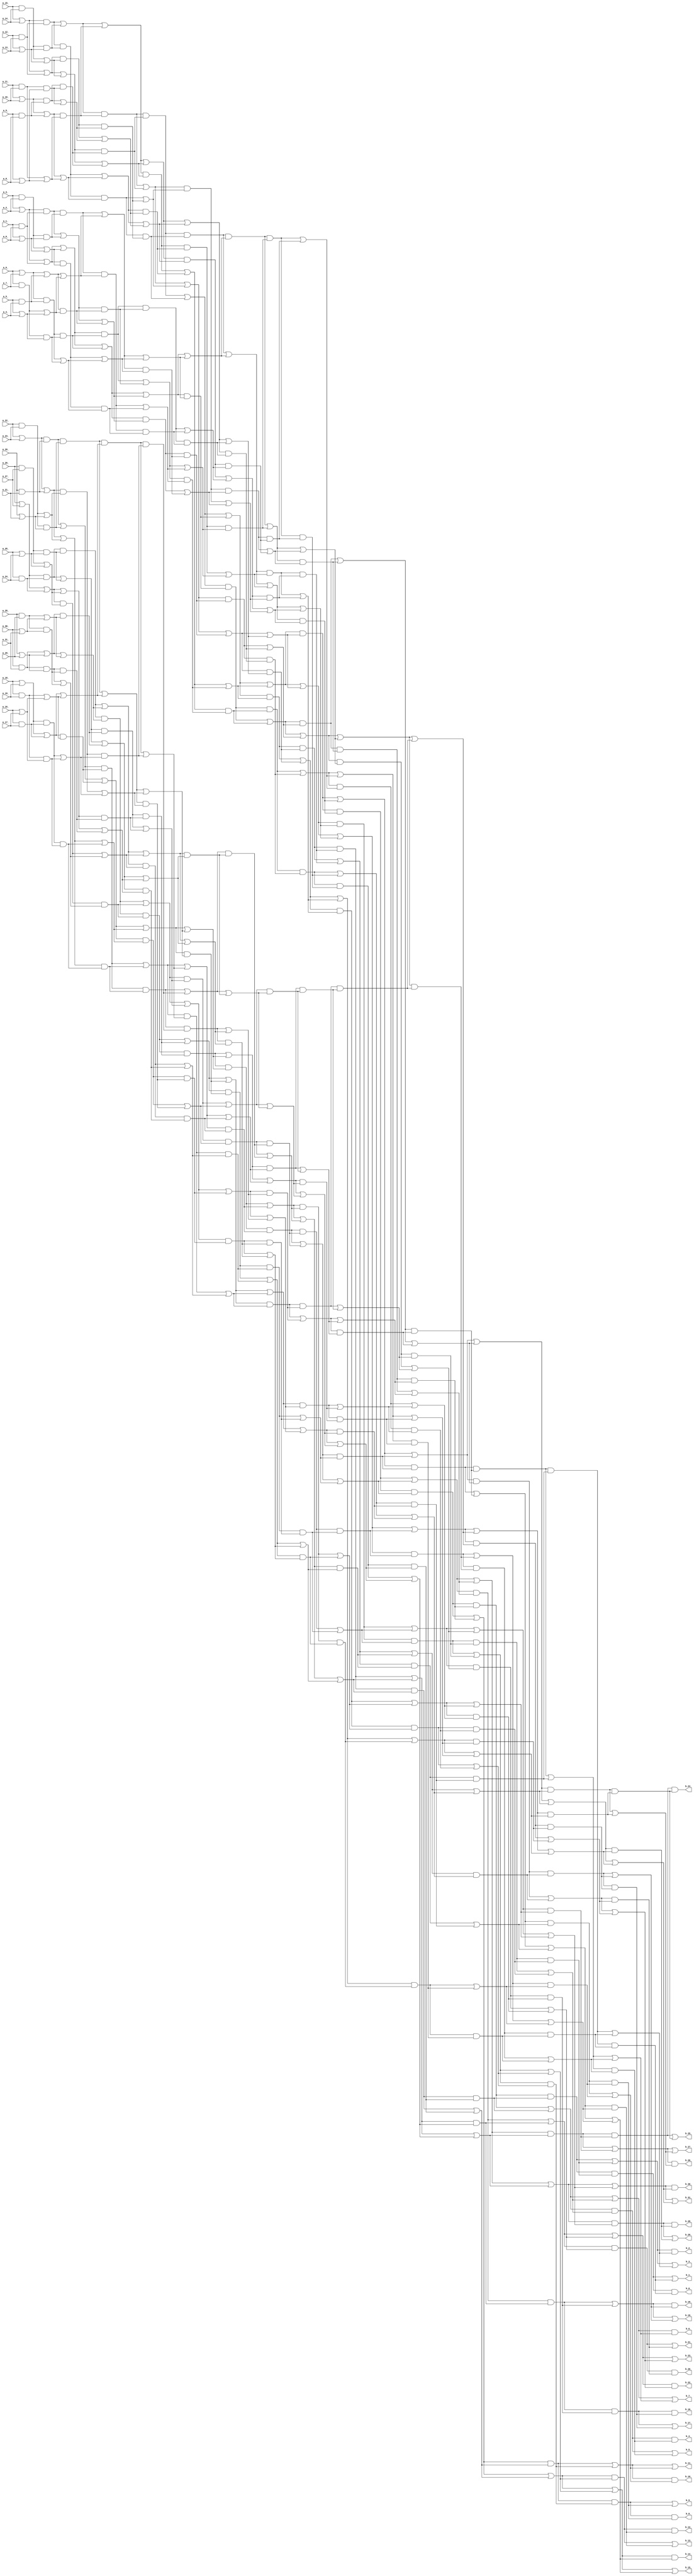
module sorter_32 ( a_11_ , a_18_ , a_15_ , a_3_ , a_9_ , a_6_ , a_28_ , a_7_ , a_25_ , a_29_ , a_22_ , a_26_ , a_1_ , a_8_ , a_16_ , a_10_ , a_30_ , a_12_ , a_24_ , a_5_ , a_0_ , a_17_ , a_4_ , a_14_ , a_20_ , a_27_ , a_23_ , a_13_ , a_31_ , a_2_ , a_19_ , a_21_ , b_9_ , b_1_ , b_17_ , b_11_ , b_31_ , b_26_ , b_29_ , b_24_ , b_23_ , b_8_ , b_4_ , b_25_ , b_7_ , b_5_ , b_18_ , b_12_ , b_16_ , b_22_ , b_14_ , b_20_ , b_15_ , b_3_ , b_30_ , b_27_ , b_21_ , b_19_ , b_13_ , b_6_ , b_0_ , b_10_ , b_28_ , b_2_ );
  input a_11_ , a_18_ , a_15_ , a_3_ , a_9_ , a_6_ , a_28_ , a_7_ , a_25_ , a_29_ , a_22_ , a_26_ , a_1_ , a_8_ , a_16_ , a_10_ , a_30_ , a_12_ , a_24_ , a_5_ , a_0_ , a_17_ , a_4_ , a_14_ , a_20_ , a_27_ , a_23_ , a_13_ , a_31_ , a_2_ , a_19_ , a_21_ ;
  output b_9_ , b_1_ , b_17_ , b_11_ , b_31_ , b_26_ , b_29_ , b_24_ , b_23_ , b_8_ , b_4_ , b_25_ , b_7_ , b_5_ , b_18_ , b_12_ , b_16_ , b_22_ , b_14_ , b_20_ , b_15_ , b_3_ , b_30_ , b_27_ , b_21_ , b_19_ , b_13_ , b_6_ , b_0_ , b_10_ , b_28_ , b_2_ ;
  wire n33 , n34 , n35 , n36 , n37 , n38 , n39 , n40 , n41 , n42 , n43 , n44 , n45 , n46 , n47 , n48 , n49 , n50 , n51 , n52 , n53 , n54 , n55 , n56 , n57 , n58 , n59 , n60 , n61 , n62 , n63 , n64 , n65 , n66 , n67 , n68 , n69 , n70 , n71 , n72 , n73 , n74 , n75 , n76 , n77 , n78 , n79 , n80 , n81 , n82 , n83 , n84 , n85 , n86 , n87 , n88 , n89 , n90 , n91 , n92 , n93 , n94 , n95 , n96 , n97 , n98 , n99 , n100 , n101 , n102 , n103 , n104 , n105 , n106 , n107 , n108 , n109 , n110 , n111 , n112 , n113 , n114 , n115 , n116 , n117 , n118 , n119 , n120 , n121 , n122 , n123 , n124 , n125 , n126 , n127 , n128 , n129 , n130 , n131 , n132 , n133 , n134 , n135 , n136 , n137 , n138 , n139 , n140 , n141 , n142 , n143 , n144 , n145 , n146 , n147 , n148 , n149 , n150 , n151 , n152 , n153 , n154 , n155 , n156 , n157 , n158 , n159 , n160 , n161 , n162 , n163 , n164 , n165 , n166 , n167 , n168 , n169 , n170 , n171 , n172 , n173 , n174 , n175 , n176 , n177 , n178 , n179 , n180 , n181 , n182 , n183 , n184 , n185 , n186 , n187 , n188 , n189 , n190 , n191 , n192 , n193 , n194 , n195 , n196 , n197 , n198 , n199 , n200 , n201 , n202 , n203 , n204 , n205 , n206 , n207 , n208 , n209 , n210 , n211 , n212 , n213 , n214 , n215 , n216 , n217 , n218 , n219 , n220 , n221 , n222 , n223 , n224 , n225 , n226 , n227 , n228 , n229 , n230 , n231 , n232 , n233 , n234 , n235 , n236 , n237 , n238 , n239 , n240 , n241 , n242 , n243 , n244 , n245 , n246 , n247 , n248 , n249 , n250 , n251 , n252 , n253 , n254 , n255 , n256 , n257 , n258 , n259 , n260 , n261 , n262 , n263 , n264 , n265 , n266 , n267 , n268 , n269 , n270 , n271 , n272 , n273 , n274 , n275 , n276 , n277 , n278 , n279 , n280 , n281 , n282 , n283 , n284 , n285 , n286 , n287 , n288 , n289 , n290 , n291 , n292 , n293 , n294 , n295 , n296 , n297 , n298 , n299 , n300 , n301 , n302 , n303 , n304 , n305 , n306 , n307 , n308 , n309 , n310 , n311 , n312 , n313 , n314 , n315 , n316 , n317 , n318 , n319 , n320 , n321 , n322 , n323 , n324 , n325 , n326 , n327 , n328 , n329 , n330 , n331 , n332 , n333 , n334 , n335 , n336 , n337 , n338 , n339 , n340 , n341 , n342 , n343 , n344 , n345 , n346 , n347 , n348 , n349 , n350 , n351 , n352 , n353 , n354 , n355 , n356 , n357 , n358 , n359 , n360 , n361 , n362 , n363 , n364 , n365 , n366 , n367 , n368 , n369 , n370 , n371 , n372 , n373 , n374 , n375 , n376 , n377 , n378 , n379 , n380 , n381 , n382 , n383 , n384 , n385 , n386 , n387 , n388 , n389 , n390 , n391 , n392 , n393 , n394 , n395 , n396 , n397 , n398 , n399 , n400 , n401 , n402 , n403 , n404 , n405 , n406 , n407 , n408 , n409 , n410 , n411 , n412 , n413 , n414 , n415 , n416 , n417 , n418 , n419 , n420 , n421 , n422 , n423 , n424 , n425 , n426 , n427 , n428 , n429 , n430 , n431 , n432 , n433 , n434 , n435 , n436 , n437 , n438 , n439 , n440 , n441 , n442 , n443 , n444 , n445 , n446 , n447 , n448 , n449 , n450 , n451 , n452 , n453 , n454 , n455 , n456 , n457 , n458 , n459 , n460 , n461 , n462 , n463 , n464 , n465 , n466 , n467 , n468 , n469 , n470 , n471 , n472 , n473 , n474 , n475 , n476 , n477 , n478 , n479 , n480 , n481 , n482 , n483 , n484 , n485 , n486 , n487 , n488 , n489 , n490 , n491 , n492 , n493 , n494 , n495 , n496 , n497 , n498 , n499 , n500 , n501 , n502 , n503 , n504 , n505 , n506 , n507 , n508 , n509 , n510 , n511 , n512 ;
  assign n33 = a_15_ | a_14_ ;
  assign n34 = a_12_ & a_13_ ;
  assign n35 = n33 & n34 ;
  assign n36 = a_15_ & a_14_ ;
  assign n37 = a_12_ | a_13_ ;
  assign n38 = n36 & n37 ;
  assign n39 = n35 | n38 ;
  assign n40 = a_11_ | a_10_ ;
  assign n41 = a_9_ & a_8_ ;
  assign n42 = n40 | n41 ;
  assign n43 = a_11_ & a_10_ ;
  assign n44 = a_9_ | a_8_ ;
  assign n45 = n43 | n44 ;
  assign n46 = n42 & n45 ;
  assign n47 = n39 & n46 ;
  assign n48 = n33 | n34 ;
  assign n49 = n36 | n37 ;
  assign n50 = n48 | n49 ;
  assign n51 = n40 & n41 ;
  assign n52 = n43 & n44 ;
  assign n53 = n51 & n52 ;
  assign n54 = n50 & n53 ;
  assign n55 = n47 & n54 ;
  assign n56 = n35 & n38 ;
  assign n57 = n42 | n45 ;
  assign n58 = n56 & n57 ;
  assign n59 = n48 & n49 ;
  assign n60 = n51 | n52 ;
  assign n61 = n59 & n60 ;
  assign n62 = n58 & n61 ;
  assign n63 = n55 | n62 ;
  assign n64 = a_3_ | a_2_ ;
  assign n65 = a_1_ & a_0_ ;
  assign n66 = n64 | n65 ;
  assign n67 = a_3_ & a_2_ ;
  assign n68 = a_1_ | a_0_ ;
  assign n69 = n67 | n68 ;
  assign n70 = n66 | n69 ;
  assign n71 = a_6_ | a_7_ ;
  assign n72 = a_5_ & a_4_ ;
  assign n73 = n71 & n72 ;
  assign n74 = a_6_ & a_7_ ;
  assign n75 = a_5_ | a_4_ ;
  assign n76 = n74 & n75 ;
  assign n77 = n73 & n76 ;
  assign n78 = n70 | n77 ;
  assign n79 = n64 & n65 ;
  assign n80 = n67 & n68 ;
  assign n81 = n79 | n80 ;
  assign n82 = n71 | n72 ;
  assign n83 = n74 | n75 ;
  assign n84 = n82 & n83 ;
  assign n85 = n81 | n84 ;
  assign n86 = n78 | n85 ;
  assign n87 = n79 & n80 ;
  assign n88 = n82 | n83 ;
  assign n89 = n87 | n88 ;
  assign n90 = n66 & n69 ;
  assign n91 = n73 | n76 ;
  assign n92 = n90 | n91 ;
  assign n93 = n89 | n92 ;
  assign n94 = n86 & n93 ;
  assign n95 = n63 | n94 ;
  assign n96 = n39 | n46 ;
  assign n97 = n50 | n53 ;
  assign n98 = n96 & n97 ;
  assign n99 = n56 | n57 ;
  assign n100 = n59 | n60 ;
  assign n101 = n99 & n100 ;
  assign n102 = n98 | n101 ;
  assign n103 = n70 & n77 ;
  assign n104 = n81 & n84 ;
  assign n105 = n103 | n104 ;
  assign n106 = n87 & n88 ;
  assign n107 = n90 & n91 ;
  assign n108 = n106 | n107 ;
  assign n109 = n105 & n108 ;
  assign n110 = n102 | n109 ;
  assign n111 = n95 | n110 ;
  assign n112 = n47 | n54 ;
  assign n113 = n58 | n61 ;
  assign n114 = n112 | n113 ;
  assign n115 = n78 & n85 ;
  assign n116 = n89 & n92 ;
  assign n117 = n115 & n116 ;
  assign n118 = n114 | n117 ;
  assign n119 = n96 | n97 ;
  assign n120 = n99 | n100 ;
  assign n121 = n119 | n120 ;
  assign n122 = n103 & n104 ;
  assign n123 = n106 & n107 ;
  assign n124 = n122 & n123 ;
  assign n125 = n121 | n124 ;
  assign n126 = n118 | n125 ;
  assign n127 = n111 & n126 ;
  assign n128 = n55 & n62 ;
  assign n129 = n86 | n93 ;
  assign n130 = n128 | n129 ;
  assign n131 = n98 & n101 ;
  assign n132 = n105 | n108 ;
  assign n133 = n131 | n132 ;
  assign n134 = n130 | n133 ;
  assign n135 = n119 & n120 ;
  assign n136 = n122 | n123 ;
  assign n137 = n135 | n136 ;
  assign n138 = n112 & n113 ;
  assign n139 = n115 | n116 ;
  assign n140 = n138 | n139 ;
  assign n141 = n137 | n140 ;
  assign n142 = n134 & n141 ;
  assign n143 = n127 & n142 ;
  assign n144 = a_26_ | a_27_ ;
  assign n145 = a_25_ & a_24_ ;
  assign n146 = n144 & n145 ;
  assign n147 = a_26_ & a_27_ ;
  assign n148 = a_25_ | a_24_ ;
  assign n149 = n147 & n148 ;
  assign n150 = n146 & n149 ;
  assign n151 = a_30_ & a_31_ ;
  assign n152 = a_28_ | a_29_ ;
  assign n153 = n151 | n152 ;
  assign n154 = a_28_ & a_29_ ;
  assign n155 = a_30_ | a_31_ ;
  assign n156 = n154 | n155 ;
  assign n157 = n153 | n156 ;
  assign n158 = n150 & n157 ;
  assign n159 = n144 | n145 ;
  assign n160 = n147 | n148 ;
  assign n161 = n159 & n160 ;
  assign n162 = n151 & n152 ;
  assign n163 = n154 & n155 ;
  assign n164 = n162 | n163 ;
  assign n165 = n161 & n164 ;
  assign n166 = n158 & n165 ;
  assign n167 = n146 | n149 ;
  assign n168 = n153 & n156 ;
  assign n169 = n167 & n168 ;
  assign n170 = n159 | n160 ;
  assign n171 = n162 & n163 ;
  assign n172 = n170 & n171 ;
  assign n173 = n169 & n172 ;
  assign n174 = n166 & n173 ;
  assign n175 = a_22_ | a_23_ ;
  assign n176 = a_20_ & a_21_ ;
  assign n177 = n175 & n176 ;
  assign n178 = a_22_ & a_23_ ;
  assign n179 = a_20_ | a_21_ ;
  assign n180 = n178 & n179 ;
  assign n181 = n177 | n180 ;
  assign n182 = a_18_ | a_19_ ;
  assign n183 = a_16_ & a_17_ ;
  assign n184 = n182 | n183 ;
  assign n185 = a_18_ & a_19_ ;
  assign n186 = a_16_ | a_17_ ;
  assign n187 = n185 | n186 ;
  assign n188 = n184 & n187 ;
  assign n189 = n181 | n188 ;
  assign n190 = n175 | n176 ;
  assign n191 = n178 | n179 ;
  assign n192 = n190 | n191 ;
  assign n193 = n182 & n183 ;
  assign n194 = n185 & n186 ;
  assign n195 = n193 & n194 ;
  assign n196 = n192 | n195 ;
  assign n197 = n189 | n196 ;
  assign n198 = n177 & n180 ;
  assign n199 = n184 | n187 ;
  assign n200 = n198 | n199 ;
  assign n201 = n190 & n191 ;
  assign n202 = n193 | n194 ;
  assign n203 = n201 | n202 ;
  assign n204 = n200 | n203 ;
  assign n205 = n197 | n204 ;
  assign n206 = n174 & n205 ;
  assign n207 = n181 & n188 ;
  assign n208 = n192 & n195 ;
  assign n209 = n207 | n208 ;
  assign n210 = n198 & n199 ;
  assign n211 = n201 & n202 ;
  assign n212 = n210 | n211 ;
  assign n213 = n209 | n212 ;
  assign n214 = n150 | n157 ;
  assign n215 = n161 | n164 ;
  assign n216 = n214 & n215 ;
  assign n217 = n167 | n168 ;
  assign n218 = n170 | n171 ;
  assign n219 = n217 & n218 ;
  assign n220 = n216 & n219 ;
  assign n221 = n213 & n220 ;
  assign n222 = n206 & n221 ;
  assign n223 = n158 | n165 ;
  assign n224 = n169 | n172 ;
  assign n225 = n223 & n224 ;
  assign n226 = n189 & n196 ;
  assign n227 = n200 & n203 ;
  assign n228 = n226 | n227 ;
  assign n229 = n225 & n228 ;
  assign n230 = n207 & n208 ;
  assign n231 = n210 & n211 ;
  assign n232 = n230 | n231 ;
  assign n233 = n214 | n215 ;
  assign n234 = n217 | n218 ;
  assign n235 = n233 & n234 ;
  assign n236 = n232 & n235 ;
  assign n237 = n229 & n236 ;
  assign n238 = n222 | n237 ;
  assign n239 = n166 | n173 ;
  assign n240 = n197 & n204 ;
  assign n241 = n239 & n240 ;
  assign n242 = n209 & n212 ;
  assign n243 = n216 | n219 ;
  assign n244 = n242 & n243 ;
  assign n245 = n241 & n244 ;
  assign n246 = n223 | n224 ;
  assign n247 = n226 & n227 ;
  assign n248 = n246 & n247 ;
  assign n249 = n230 & n231 ;
  assign n250 = n233 | n234 ;
  assign n251 = n249 & n250 ;
  assign n252 = n248 & n251 ;
  assign n253 = n245 | n252 ;
  assign n254 = n238 | n253 ;
  assign n255 = n143 & n254 ;
  assign n256 = n63 & n94 ;
  assign n257 = n102 & n109 ;
  assign n258 = n256 | n257 ;
  assign n259 = n114 & n117 ;
  assign n260 = n121 & n124 ;
  assign n261 = n259 | n260 ;
  assign n262 = n258 & n261 ;
  assign n263 = n128 & n129 ;
  assign n264 = n131 & n132 ;
  assign n265 = n263 | n264 ;
  assign n266 = n138 & n139 ;
  assign n267 = n135 & n136 ;
  assign n268 = n266 | n267 ;
  assign n269 = n265 & n268 ;
  assign n270 = n262 & n269 ;
  assign n271 = n239 | n240 ;
  assign n272 = n242 | n243 ;
  assign n273 = n271 & n272 ;
  assign n274 = n246 | n247 ;
  assign n275 = n249 | n250 ;
  assign n276 = n274 & n275 ;
  assign n277 = n273 | n276 ;
  assign n278 = n174 | n205 ;
  assign n279 = n213 | n220 ;
  assign n280 = n278 & n279 ;
  assign n281 = n225 | n228 ;
  assign n282 = n232 | n235 ;
  assign n283 = n281 & n282 ;
  assign n284 = n280 | n283 ;
  assign n285 = n277 | n284 ;
  assign n286 = n270 & n285 ;
  assign n287 = n255 | n286 ;
  assign n288 = n95 & n110 ;
  assign n289 = n118 & n125 ;
  assign n290 = n288 & n289 ;
  assign n291 = n130 & n133 ;
  assign n292 = n137 & n140 ;
  assign n293 = n291 & n292 ;
  assign n294 = n290 & n293 ;
  assign n295 = n206 | n221 ;
  assign n296 = n229 | n236 ;
  assign n297 = n295 | n296 ;
  assign n298 = n241 | n244 ;
  assign n299 = n248 | n251 ;
  assign n300 = n298 | n299 ;
  assign n301 = n297 | n300 ;
  assign n302 = n294 & n301 ;
  assign n303 = n256 & n257 ;
  assign n304 = n259 & n260 ;
  assign n305 = n303 & n304 ;
  assign n306 = n263 & n264 ;
  assign n307 = n266 & n267 ;
  assign n308 = n306 & n307 ;
  assign n309 = n305 & n308 ;
  assign n310 = n271 | n272 ;
  assign n311 = n274 | n275 ;
  assign n312 = n310 | n311 ;
  assign n313 = n278 | n279 ;
  assign n314 = n281 | n282 ;
  assign n315 = n313 | n314 ;
  assign n316 = n312 | n315 ;
  assign n317 = n309 & n316 ;
  assign n318 = n302 | n317 ;
  assign n319 = n287 & n318 ;
  assign n320 = n111 | n126 ;
  assign n321 = n134 | n141 ;
  assign n322 = n320 & n321 ;
  assign n323 = n222 & n237 ;
  assign n324 = n245 & n252 ;
  assign n325 = n323 | n324 ;
  assign n326 = n322 & n325 ;
  assign n327 = n258 | n261 ;
  assign n328 = n265 | n268 ;
  assign n329 = n327 & n328 ;
  assign n330 = n273 & n276 ;
  assign n331 = n280 & n283 ;
  assign n332 = n330 | n331 ;
  assign n333 = n329 & n332 ;
  assign n334 = n326 | n333 ;
  assign n335 = n288 | n289 ;
  assign n336 = n291 | n292 ;
  assign n337 = n335 & n336 ;
  assign n338 = n295 & n296 ;
  assign n339 = n298 & n299 ;
  assign n340 = n338 | n339 ;
  assign n341 = n337 & n340 ;
  assign n342 = n303 | n304 ;
  assign n343 = n306 | n307 ;
  assign n344 = n342 & n343 ;
  assign n345 = n310 & n311 ;
  assign n346 = n313 & n314 ;
  assign n347 = n345 | n346 ;
  assign n348 = n344 & n347 ;
  assign n349 = n341 | n348 ;
  assign n350 = n334 & n349 ;
  assign n351 = n319 & n350 ;
  assign n352 = n127 | n142 ;
  assign n353 = n238 & n253 ;
  assign n354 = n352 & n353 ;
  assign n355 = n262 | n269 ;
  assign n356 = n277 & n284 ;
  assign n357 = n355 & n356 ;
  assign n358 = n354 | n357 ;
  assign n359 = n290 | n293 ;
  assign n360 = n297 & n300 ;
  assign n361 = n359 & n360 ;
  assign n362 = n305 | n308 ;
  assign n363 = n312 & n315 ;
  assign n364 = n362 & n363 ;
  assign n365 = n361 | n364 ;
  assign n366 = n358 & n365 ;
  assign n367 = n320 | n321 ;
  assign n368 = n323 & n324 ;
  assign n369 = n367 & n368 ;
  assign n370 = n327 | n328 ;
  assign n371 = n330 & n331 ;
  assign n372 = n370 & n371 ;
  assign n373 = n369 | n372 ;
  assign n374 = n335 | n336 ;
  assign n375 = n338 & n339 ;
  assign n376 = n374 & n375 ;
  assign n377 = n342 | n343 ;
  assign n378 = n345 & n346 ;
  assign n379 = n377 & n378 ;
  assign n380 = n376 | n379 ;
  assign n381 = n373 & n380 ;
  assign n382 = n366 & n381 ;
  assign n383 = n351 | n382 ;
  assign n384 = n255 & n286 ;
  assign n385 = n302 & n317 ;
  assign n386 = n384 & n385 ;
  assign n387 = n326 & n333 ;
  assign n388 = n341 & n348 ;
  assign n389 = n387 & n388 ;
  assign n390 = n386 & n389 ;
  assign n391 = n354 & n357 ;
  assign n392 = n361 & n364 ;
  assign n393 = n391 & n392 ;
  assign n394 = n369 & n372 ;
  assign n395 = n376 & n379 ;
  assign n396 = n394 & n395 ;
  assign n397 = n393 & n396 ;
  assign n398 = n390 | n397 ;
  assign n399 = n143 | n254 ;
  assign n400 = n270 | n285 ;
  assign n401 = n399 & n400 ;
  assign n402 = n294 | n301 ;
  assign n403 = n309 | n316 ;
  assign n404 = n402 & n403 ;
  assign n405 = n401 & n404 ;
  assign n406 = n322 | n325 ;
  assign n407 = n329 | n332 ;
  assign n408 = n406 & n407 ;
  assign n409 = n337 | n340 ;
  assign n410 = n344 | n347 ;
  assign n411 = n409 & n410 ;
  assign n412 = n408 & n411 ;
  assign n413 = n405 & n412 ;
  assign n414 = n352 | n353 ;
  assign n415 = n355 | n356 ;
  assign n416 = n414 & n415 ;
  assign n417 = n359 | n360 ;
  assign n418 = n362 | n363 ;
  assign n419 = n417 & n418 ;
  assign n420 = n416 & n419 ;
  assign n421 = n367 | n368 ;
  assign n422 = n370 | n371 ;
  assign n423 = n421 & n422 ;
  assign n424 = n374 | n375 ;
  assign n425 = n377 | n378 ;
  assign n426 = n424 & n425 ;
  assign n427 = n423 & n426 ;
  assign n428 = n420 & n427 ;
  assign n429 = n413 | n428 ;
  assign n430 = n319 | n350 ;
  assign n431 = n366 | n381 ;
  assign n432 = n430 | n431 ;
  assign n433 = n399 | n400 ;
  assign n434 = n402 | n403 ;
  assign n435 = n433 | n434 ;
  assign n436 = n406 | n407 ;
  assign n437 = n409 | n410 ;
  assign n438 = n436 | n437 ;
  assign n439 = n435 | n438 ;
  assign n440 = n414 | n415 ;
  assign n441 = n417 | n418 ;
  assign n442 = n440 | n441 ;
  assign n443 = n421 | n422 ;
  assign n444 = n424 | n425 ;
  assign n445 = n443 | n444 ;
  assign n446 = n442 | n445 ;
  assign n447 = n439 | n446 ;
  assign n448 = n433 & n434 ;
  assign n449 = n436 & n437 ;
  assign n450 = n448 | n449 ;
  assign n451 = n440 & n441 ;
  assign n452 = n443 & n444 ;
  assign n453 = n451 | n452 ;
  assign n454 = n450 & n453 ;
  assign n455 = n435 & n438 ;
  assign n456 = n442 & n445 ;
  assign n457 = n455 | n456 ;
  assign n458 = n448 & n449 ;
  assign n459 = n451 & n452 ;
  assign n460 = n458 & n459 ;
  assign n461 = n401 | n404 ;
  assign n462 = n408 | n411 ;
  assign n463 = n461 | n462 ;
  assign n464 = n416 | n419 ;
  assign n465 = n423 | n426 ;
  assign n466 = n464 | n465 ;
  assign n467 = n463 | n466 ;
  assign n468 = n351 & n382 ;
  assign n469 = n384 | n385 ;
  assign n470 = n387 | n388 ;
  assign n471 = n469 & n470 ;
  assign n472 = n391 | n392 ;
  assign n473 = n394 | n395 ;
  assign n474 = n472 & n473 ;
  assign n475 = n471 & n474 ;
  assign n476 = n458 | n459 ;
  assign n477 = n469 | n470 ;
  assign n478 = n472 | n473 ;
  assign n479 = n477 | n478 ;
  assign n480 = n471 | n474 ;
  assign n481 = n405 | n412 ;
  assign n482 = n420 | n427 ;
  assign n483 = n481 & n482 ;
  assign n484 = n287 | n318 ;
  assign n485 = n334 | n349 ;
  assign n486 = n484 & n485 ;
  assign n487 = n358 | n365 ;
  assign n488 = n373 | n380 ;
  assign n489 = n487 & n488 ;
  assign n490 = n486 & n489 ;
  assign n491 = n413 & n428 ;
  assign n492 = n463 & n466 ;
  assign n493 = n484 | n485 ;
  assign n494 = n487 | n488 ;
  assign n495 = n493 & n494 ;
  assign n496 = n461 & n462 ;
  assign n497 = n464 & n465 ;
  assign n498 = n496 & n497 ;
  assign n499 = n493 | n494 ;
  assign n500 = n386 | n389 ;
  assign n501 = n393 | n396 ;
  assign n502 = n500 | n501 ;
  assign n503 = n439 & n446 ;
  assign n504 = n450 | n453 ;
  assign n505 = n496 | n497 ;
  assign n506 = n481 | n482 ;
  assign n507 = n486 | n489 ;
  assign n508 = n477 & n478 ;
  assign n509 = n390 & n397 ;
  assign n510 = n430 & n431 ;
  assign n511 = n455 & n456 ;
  assign n512 = n500 & n501 ;
  assign b_9_ = n383 ;
  assign b_1_ = n398 ;
  assign b_17_ = n429 ;
  assign b_11_ = n432 ;
  assign b_31_ = n447 ;
  assign b_26_ = n454 ;
  assign b_29_ = n457 ;
  assign b_24_ = n460 ;
  assign b_23_ = n467 ;
  assign b_8_ = n468 ;
  assign b_4_ = n475 ;
  assign b_25_ = n476 ;
  assign b_7_ = n479 ;
  assign b_5_ = n480 ;
  assign b_18_ = n483 ;
  assign b_12_ = n490 ;
  assign b_16_ = n491 ;
  assign b_22_ = n492 ;
  assign b_14_ = n495 ;
  assign b_20_ = n498 ;
  assign b_15_ = n499 ;
  assign b_3_ = n502 ;
  assign b_30_ = n503 ;
  assign b_27_ = n504 ;
  assign b_21_ = n505 ;
  assign b_19_ = n506 ;
  assign b_13_ = n507 ;
  assign b_6_ = n508 ;
  assign b_0_ = n509 ;
  assign b_10_ = n510 ;
  assign b_28_ = n511 ;
  assign b_2_ = n512 ;
endmodule